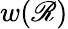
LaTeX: w(\mathscr{R})